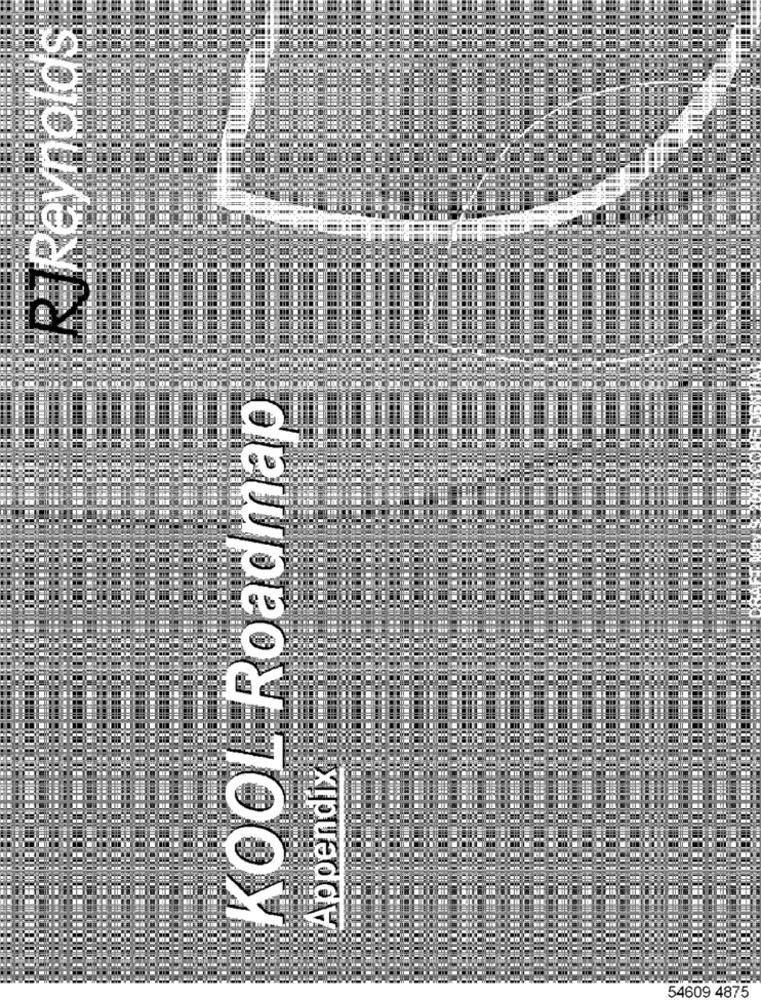
Reynolds
KOOL Roadmap
Appendix
54609 4875